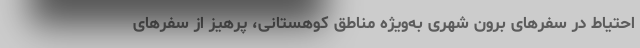
احتیاط در سفرهای برون شهری به‌ویژه مناطق کوهستانی، پرهیز از سفرهای